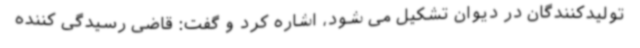
تولیدکنندگان در دیوان تشکیل می شود، اشاره کرد و گفت: قاضی رسیدگی کننده